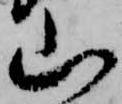
山